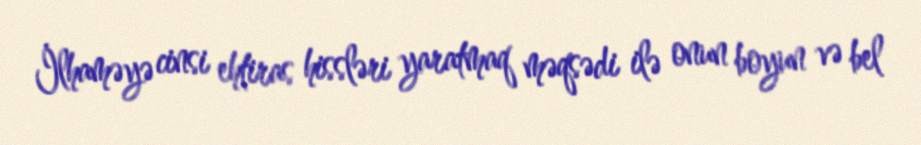
İlhaməyə cinsi ehtiras hissləri yaratmaq məqsədi ilə onun boyun və bel